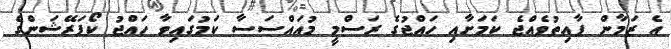
އެ ޒަމާން ފާއިތުވެއްޖެ ކަމަށާއި ހައްޖުގެ ރަސްމީ މުއައްސަސާ ކަމުގައިވާ ހައްޖު ކޯޕަރޭޝަންގެ